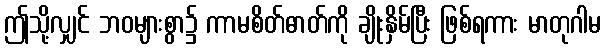
ဤသို့လျှင် ဘဝများစွာ၌ ကာမစိတ်ဓာတ်ကို ချိုးနှိမ်ပြီး ဖြစ်ရကား မာတုဂါမ